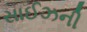
સાઈઝની